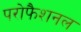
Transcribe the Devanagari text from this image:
परोफैशनल